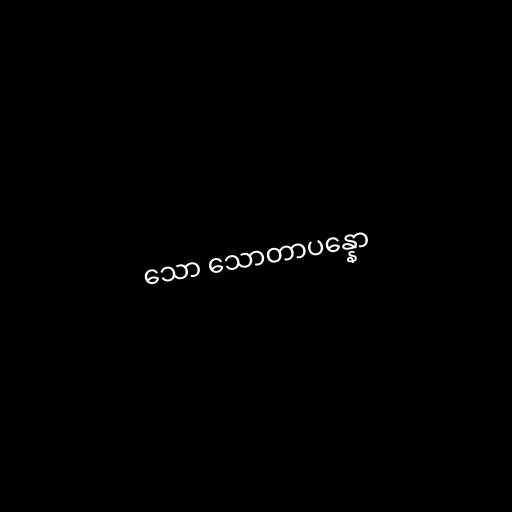
သော သောတာပန္နော